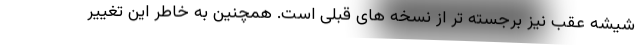
شیشه عقب نیز برجسته تر از نسخه های قبلی است. همچنین به خاطر این تغییر